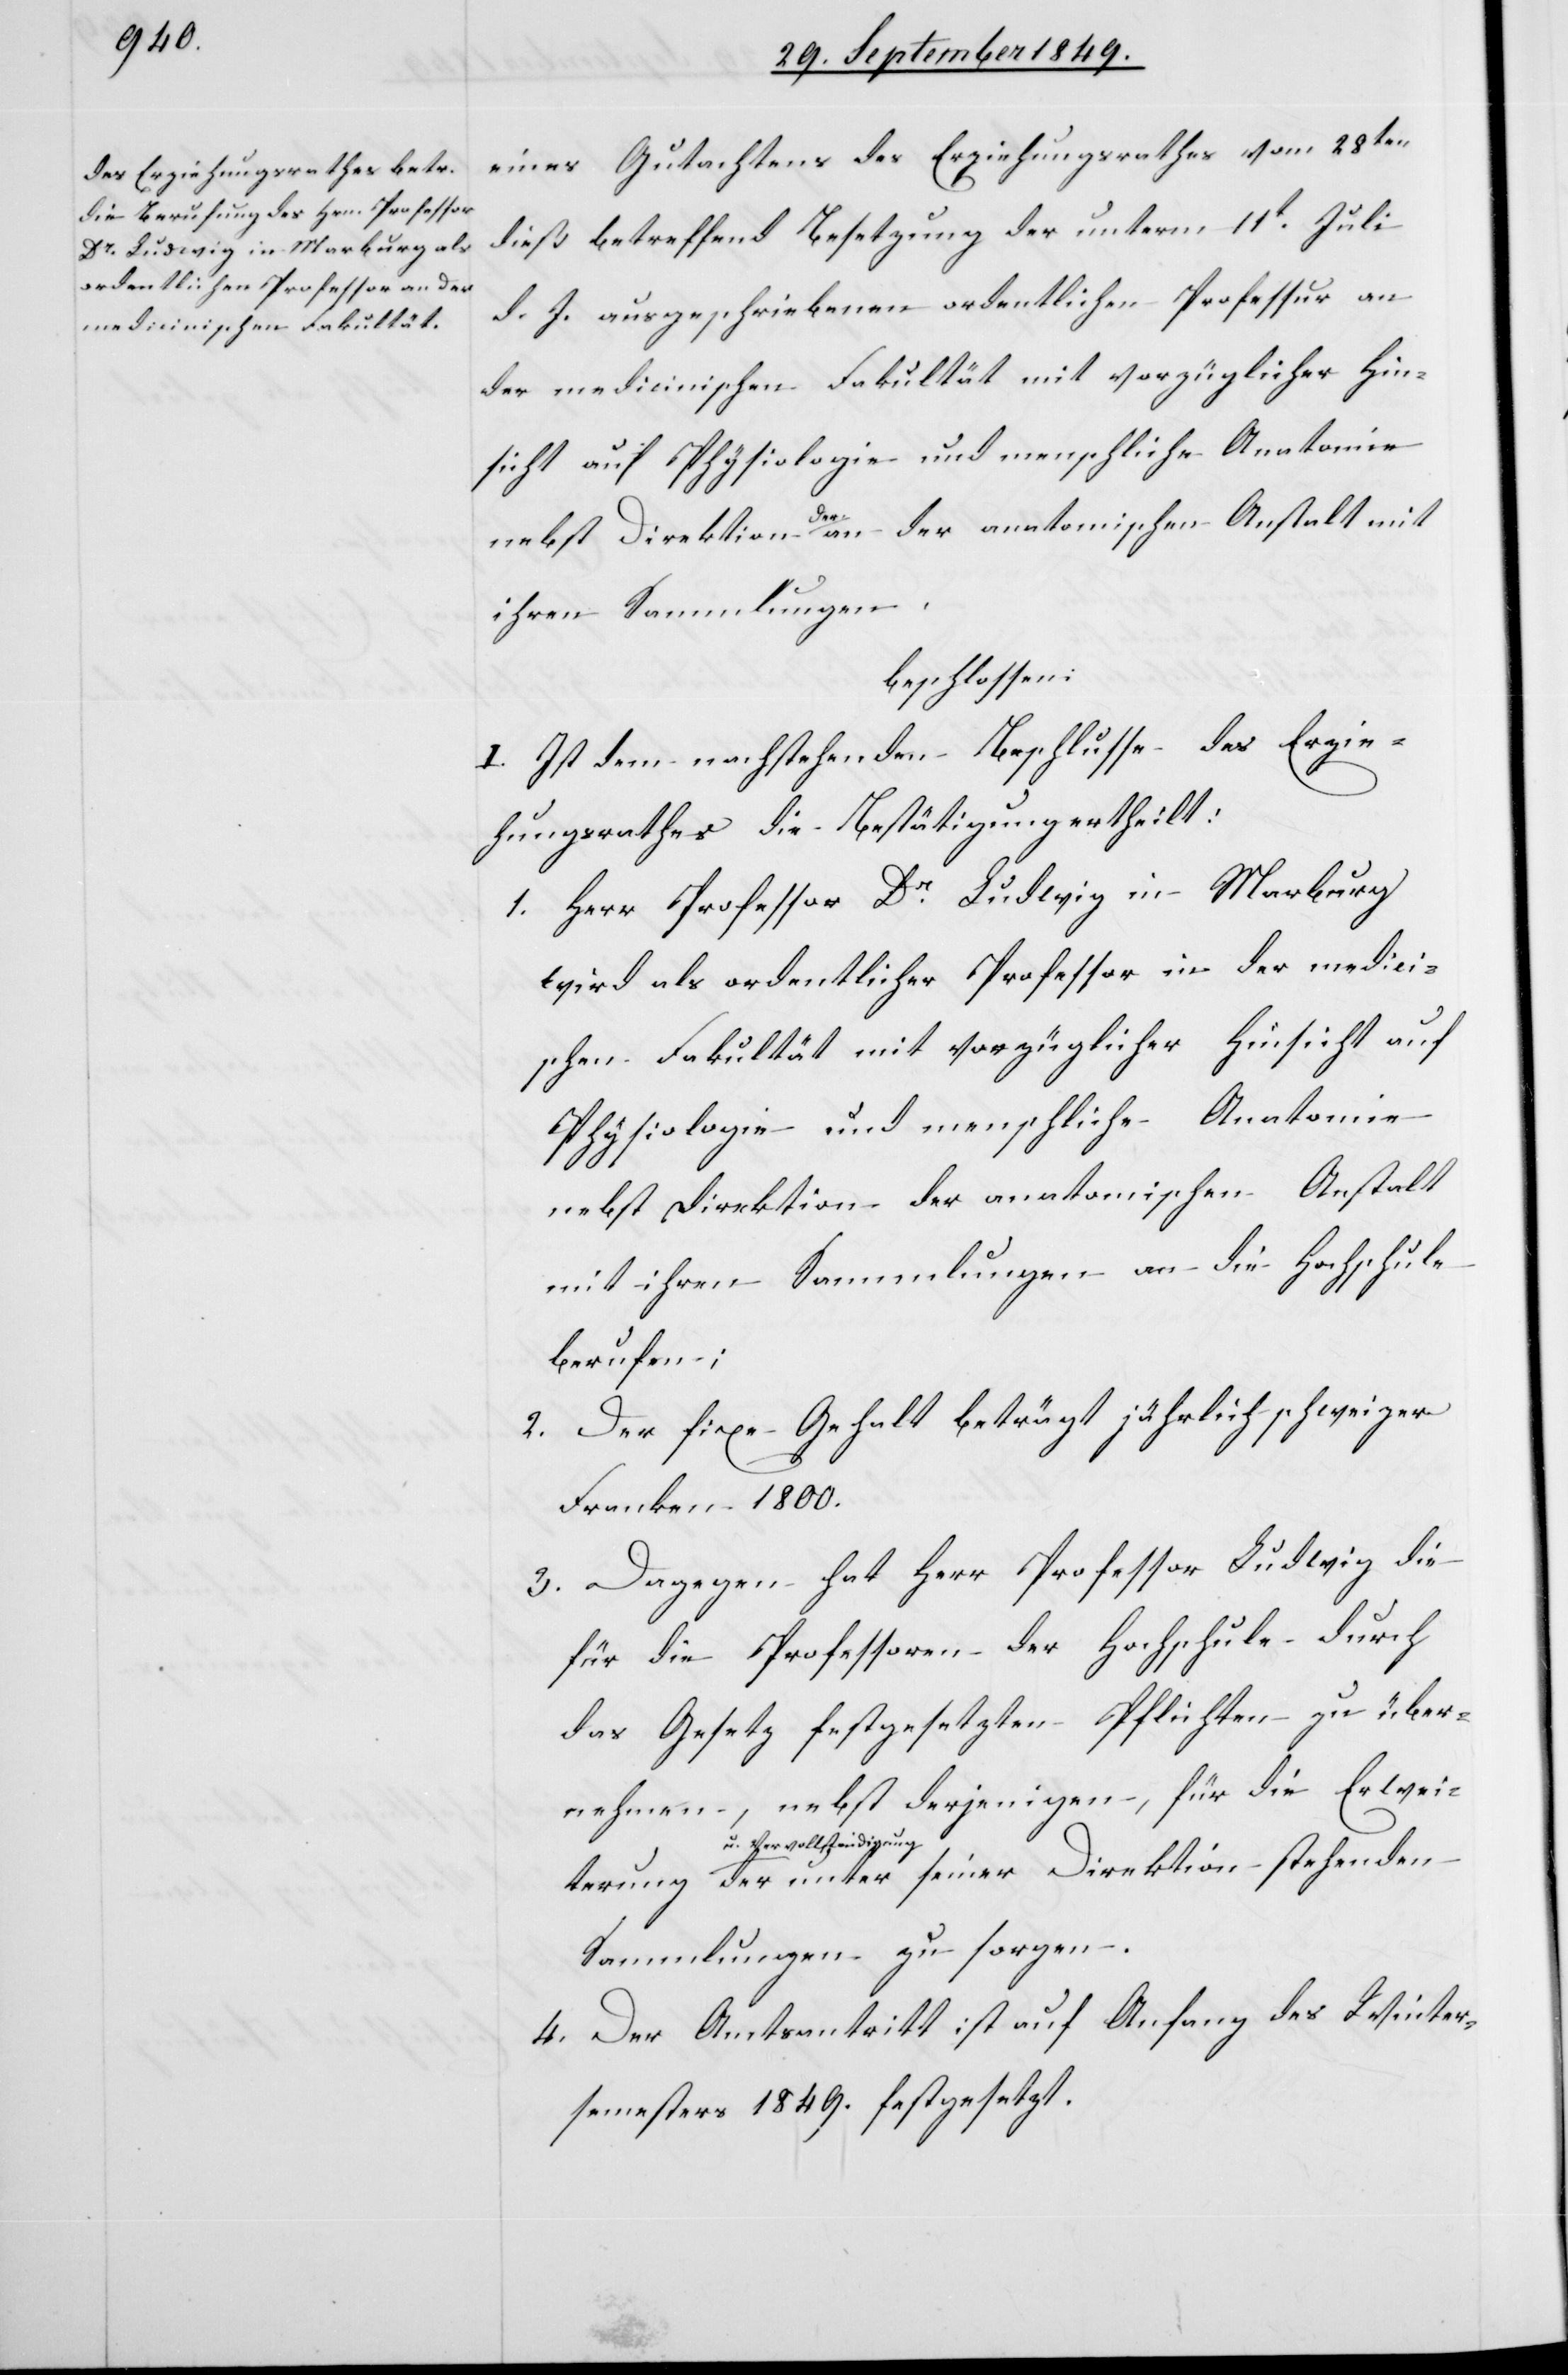
eines Gutachtens des Erziehungsrathes vom 28ten
dieß betreffend Besetzung der unterm 11t Juli
d. J. ausgeschriebenen ordentlichen Professur an
der medicinischen Fakultät mit vorzüglicher Hin¬
sicht auf Physiologie und menschliche Anatomie
ung
nebst Direktion der an der anatomischen Anstalt mit
ihren Sammlungen.
beschlossen:
I. Ist dem nachstehenden Beschlusse des Erzie¬
hungsrathes die Bestätigung ertheilt:
1. Herr Professor Dr Ludwig in Marburg
wird als ordentlicher Professor in der medicin¬
ischen Fakultät mit vorzüglicher Hinsicht auf
Physiologie und menschliche Anatomie
nebst Direktion der anatomischen Anstalt
mit ihren Sammlungen an die Hochschule
berufen;
2. Der fixe Gehalt beträgt jährlich schweizer
Franken 1 800.
3. Dagegen hat Herr Professor Ludwig
für die Professoren der Hochschule durch
das Gesetz festgesetzten Pflichten zu über¬
nehmen, nebst derjenigen, für die Erweit¬
a-u. Vervollständig¬
ung-a der unter seiner Direktion stehenden
Sammlungen zu sorgen.
4. Der Amtsantritt ist auf Anfang des Winter¬
semesters 1849. festgesetzt.